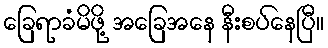
ခြေရာခံမိဖို့ အခြေအနေ နီးစပ်နေပြီ။